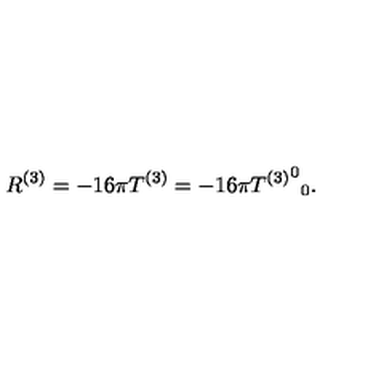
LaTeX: R ^ { ( 3 ) } = - 1 6 \pi T ^ { ( 3 ) } = - 1 6 \pi { { T ^ { ( 3 ) } } ^ { 0 } } _ { 0 } .